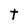
Character: t